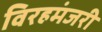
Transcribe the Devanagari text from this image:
विरहमंजरी